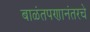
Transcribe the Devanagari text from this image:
बाळंतपणानंतरचे